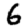
Digit: 6